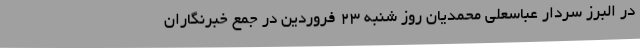
در البرز سردار عباسعلی محمدیان روز شنبه 23 فروردین در جمع خبرنگاران